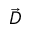
\vec { D }